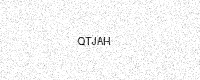
Text: QTJAH